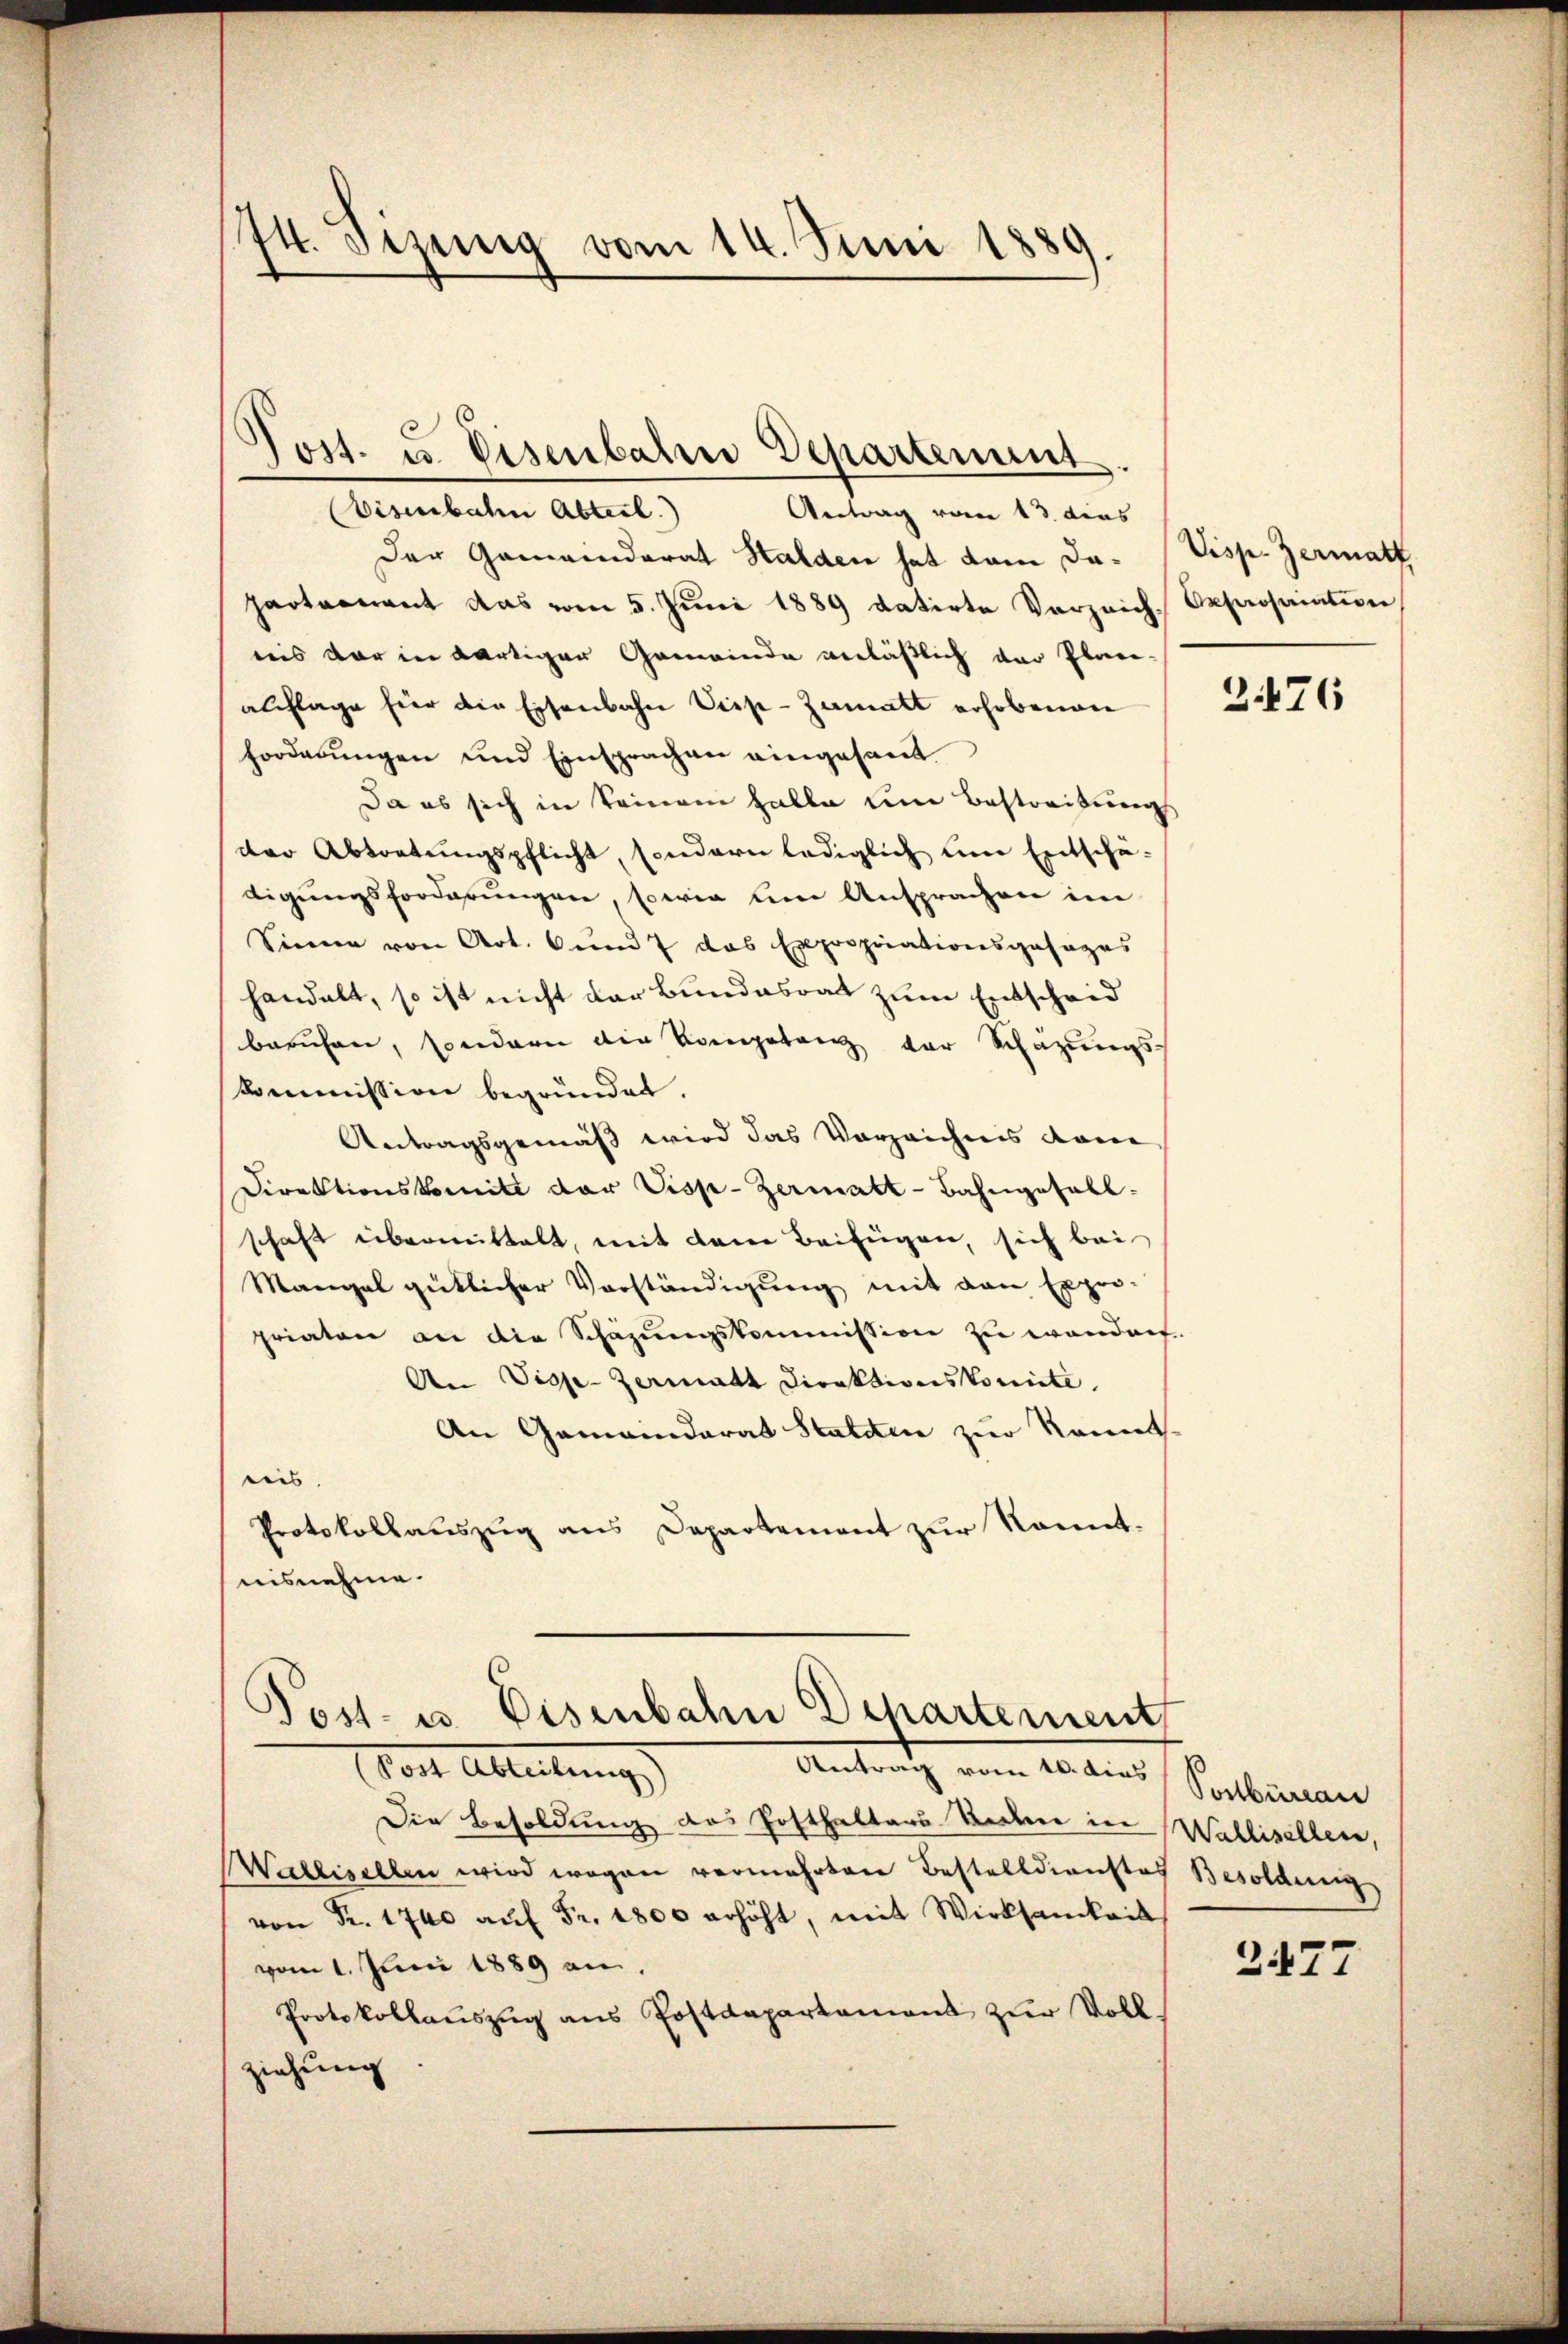
74. Sizung vom 14. Juni 1889

Post. u. Eisenbahne Departement.

Visenbahn Abteil)
Antrag vom 13. dies
Der Gemeinderat Halden hat dem da- (Visp. Zermatt
partenant das vom 5. Jŭni 1889 datirte Verzeich Opposaiation
reis der in wärtiger Gemeinde verläßlich der Plane-
alchlage hier die Eisenbahn Viss-Zamatt erhobenen
Forderungen und Einsprachen eingesand
Da es sich in keinem halbe um Bestreitungs
der Abtretungspflicht sondern lediglich um Entschä-
digŭngsforderungen, sowie um Ansprachen im
Sinne von Art. und 7 das Expropriationsgesages
handelt, so ist nicht der Bundesrat zum Entscheid
beruhen, sondern die Kompetenz der Schazungs-
skommission begründet.
Antragsgemäß wird das Vorzeichnis dan
Direktionskomite der Visp-Zermatt-Bahngefall
schaft übermittelt, mit dem Beifügen, sich bei
Mangel gütlicher Vorständigung mit den Expro-
priaten an die Schazungskommission zu wandorf.
An Disse-Zermatt Direktionskomite.
An Gemeinderat Statten zur konnt
eis.
Protokollauszug aus Departement zur konnt.
nisnehme.

Post- u. Eisenbahn Departement
Wort Ableitung

Antrath vom 10ten Vorbiren
Die Besoldung des Posthalters Secken in Wallisellen,
Wallisellen wird wegen vermehrten Bestelldienstof Besoldung
von Fr. 1740 aŭf Fr. 1800 erhöht, mit Wirksamkeit
vom 1. Juni 1889 an,
Protokollauszug aus Postdepartement zur Voll
ziehung

2.476

2477